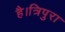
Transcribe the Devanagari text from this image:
है।त्रिपुरा